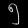
Digit: ၅